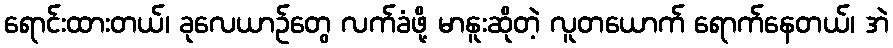
ရောင်းထားတယ်၊ ခုလေယာဉ်တွေ လက်ခံဖို့ မာနူးဆိုတဲ့ လူတယောက် ရောက်နေတယ်၊ အဲ